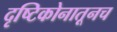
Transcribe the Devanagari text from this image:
दृष्टिकोनातूनच